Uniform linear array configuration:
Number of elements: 8
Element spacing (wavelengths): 0.25
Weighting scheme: hamming
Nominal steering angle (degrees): -15
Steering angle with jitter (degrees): -15.018
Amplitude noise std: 0.05
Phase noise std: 0.05

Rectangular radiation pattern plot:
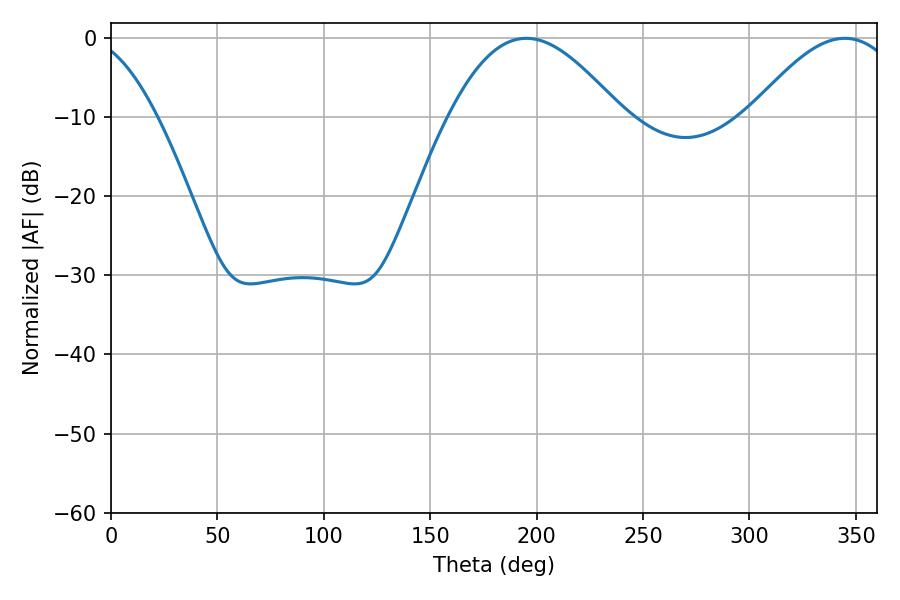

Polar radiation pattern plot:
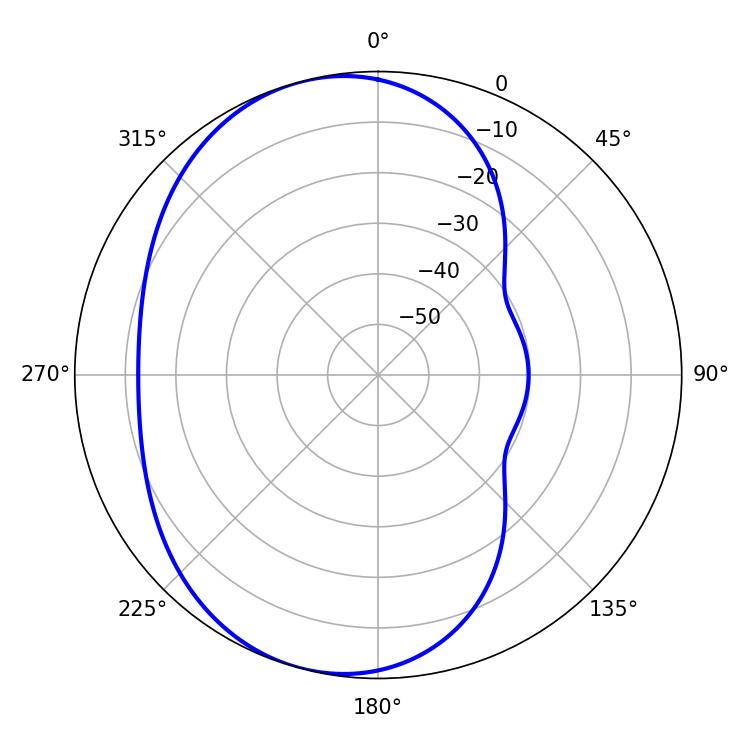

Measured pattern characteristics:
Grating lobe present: FALSE
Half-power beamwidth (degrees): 43.92
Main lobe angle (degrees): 195.12